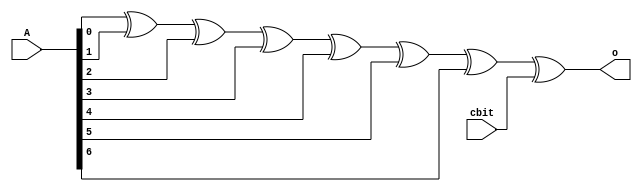
`timescale 1ns/1ns

module pbit(A,cbit,o);
    input [6:0] A;
    input cbit;
    output o;
    assign o=A[0]^A[1]^A[2]^A[3]^A[4]^A[5]^A[6]^cbit;
endmodule

module pbit2(A,cbit,o);
    input [7:0] A;
    input cbit;
    output o;
    assign o=A[0]^A[1]^A[2]^A[3]^A[4]^A[5]^A[6]^A[7]^cbit^1;
endmodule